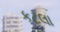
કટલા